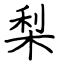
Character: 梨